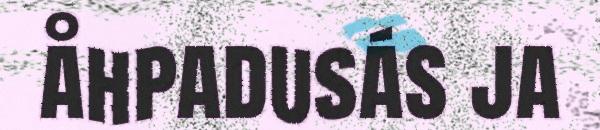
åhpadusás ja